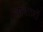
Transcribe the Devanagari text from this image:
जांबाज़ों